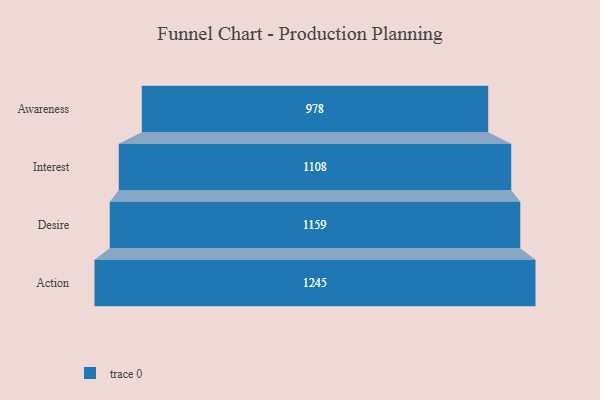
{"axis": {"x": "Stage", "y": "Value"}, "legend": [""], "data": [{"x": "Awareness", "y": 978.0, "type": ""}, {"x": "Interest", "y": 1108.0, "type": ""}, {"x": "Desire", "y": 1159.0, "type": ""}, {"x": "Action", "y": 1245.0, "type": ""}]}